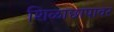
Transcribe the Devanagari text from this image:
शिळाछापावर